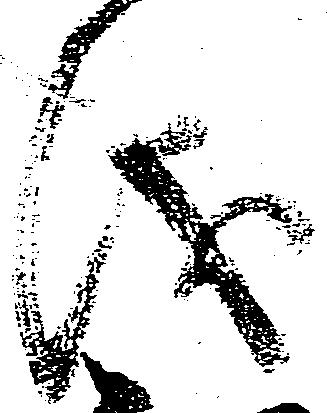
儀